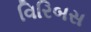
વિરિબસ